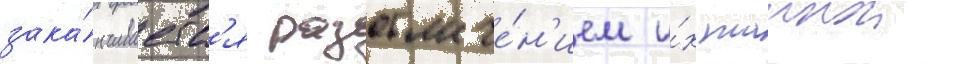
зака́нчиваетс'я разоблаче́н'ием и́х таинои